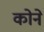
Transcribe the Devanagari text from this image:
काेने